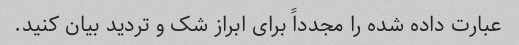
عبارت داده شده را مجدداً برای ابراز شک و تردید بیان کنید.